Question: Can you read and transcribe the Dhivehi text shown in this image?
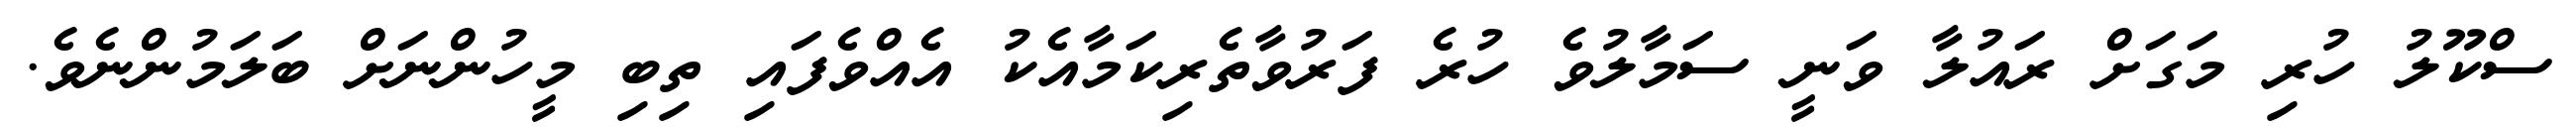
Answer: ސްކޫލު ހުރި މަގަށް ރައުލާ ވަނީ ސަމާލުވެ ހުރެ ފަރުވާތެރިކަމާއެކު އެއްވެފައި ތިބި މީހުންނަށް ބަލަމުންނެވެ.